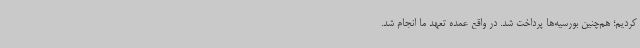
کردیم؛ هم‌چنین بورسیه‌ها پرداخت شد. در واقع عمده تعهد ما انجام شد.